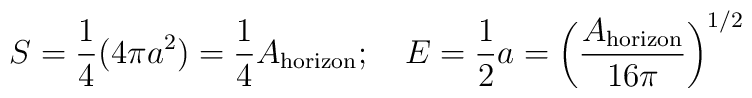
S={1\over 4} (4\pi a^2) = {1\over 4} A_{\rm horizon}; \quad E = {1\over 2} a = \left( {A_{\rm horizon}\over 16 \pi}\right)^{1/2}